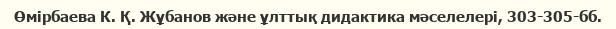
Өмірбаева К. Қ. Жұбанов және ұлттық дидактика мәселелері, 303-305-бб.